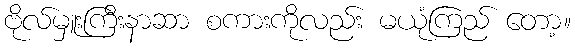
ဗိုလ်မှူးကြီးနာဆာ စကားကိုလည်း မယုံကြည် တော့။